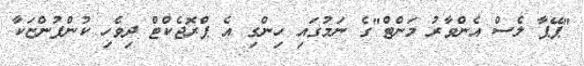
"ޕޭޕާ ލެސް އެންވާރު މަންޓް"ގެ ނަމުގައި ހިންގި އެ ޕްރޮޖެކްޓް ދިވެހި ކުންފުންޏަކާ